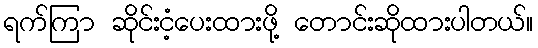
ရက်ကြာ ဆိုင်းငံ့ပေးထားဖို့ တောင်းဆိုထားပါတယ်။